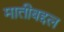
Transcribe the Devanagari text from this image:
मातीबद्दल